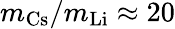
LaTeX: m_{\mathrm{{Cs}}}/m_{\mathrm{{Li}}}\approx 20